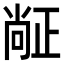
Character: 𬆅